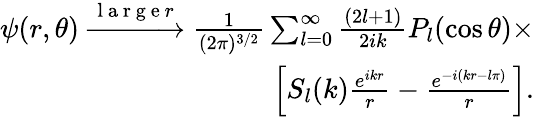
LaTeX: \begin{array}{r}{\psi(r,\theta)\xrightarrow{\mathrm{~l~a~r~g~e~}r}\frac{1}{(2\pi)^{3/2}}\sum_{l=0}^{\infty}\frac{(2l+1)}{2ik}P_{l}(\cos\theta)\times}\\ {\left[S_{l}(k)\frac{e^{ikr}}{r}-\frac{e^{-i(kr-l\pi)}}{r}\right].}\end{array}